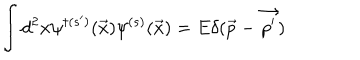
\int d ^ { 2 } x \psi ^ { \dagger ( s ^ { \prime } ) } { ( \vec { x } ) } \psi ^ { ( s ) } { ( \vec { x } ) } = E \delta ( \vec { p } - \vec { p ^ { \prime } } )